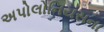
અપોલોનિયસના